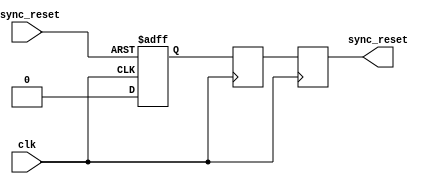
module async_reset_synchronizer (
    input wire async_reset,  // Asynchronous reset input
    input wire clk,          // Clock signal
    output reg sync_reset    // Synchronized reset output
);

    // Internal signals for the first and second stage of synchronization
    reg sync_reset_1; // First stage output
    reg sync_reset_2; // Second stage output

    // Asynchronous reset handling
    always @(posedge clk or posedge async_reset) begin
        if (async_reset) begin
            sync_reset_1 <= 1'b1; // Assert the first stage on async reset
        end else begin
            sync_reset_1 <= 1'b0; // Deassert the first stage
        end
    end

    // Second stage synchronization
    always @(posedge clk) begin
        sync_reset_2 <= sync_reset_1; // Capture the first stage output
    end

    // Final synchronized reset output
    always @(posedge clk) begin
        sync_reset <= sync_reset_2; // Output the synchronized reset
    end

endmodule